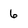
Character: 6